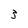
Character: 3